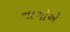
નાગોએ